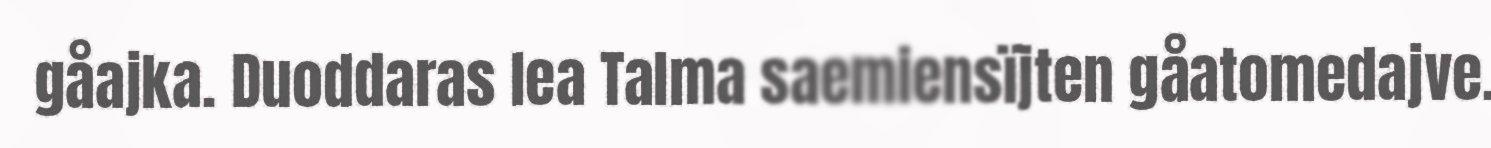
gåajka. Duoddaras lea Talma saemiensïjten gåatomedajve.